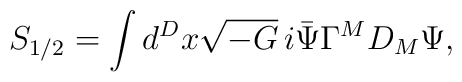
S_{1/2}=\int d^Dx\sqrt{-G}\,i\bar{\Psi}\Gamma^MD_M\Psi,